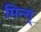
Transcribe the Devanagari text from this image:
मिन्ग्